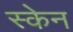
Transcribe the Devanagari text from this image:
स्‍केन